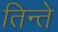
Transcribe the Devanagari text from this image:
तिन्ते